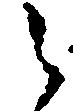
之